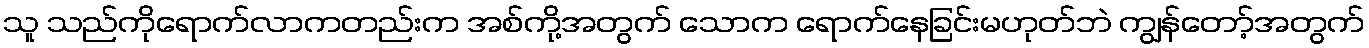
သူ သည်ကိုရောက်လာကတည်းက အစ်ကို့အတွက် သောက ရောက်နေခြင်းမဟုတ်ဘဲ ကျွန်တော့်အတွက်